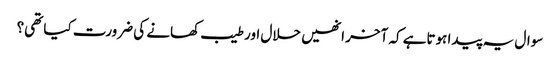
سوال یہ پیدا ہوتاہے کہ آخر انھیں حلال اور طیب کھانے کی ضرورت کیا تھی؟